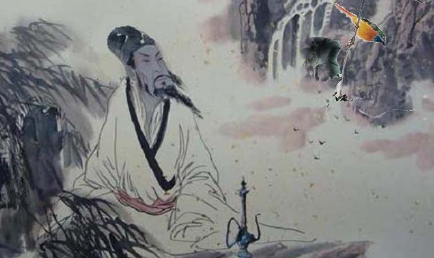
雨中禁火空斋冷，江上流莺独坐听。